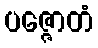
ပဇ္ဇောတံ